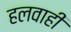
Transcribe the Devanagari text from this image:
हलवाही